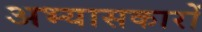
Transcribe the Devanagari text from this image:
अभ्‍यासकारों